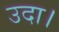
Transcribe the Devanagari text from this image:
उदा।